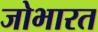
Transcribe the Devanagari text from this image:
जोभारत